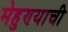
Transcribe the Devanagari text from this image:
मेहुण्याची